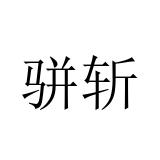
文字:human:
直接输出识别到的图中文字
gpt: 骈斩